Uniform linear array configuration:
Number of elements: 4
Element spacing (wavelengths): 0.5
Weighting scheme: exponential
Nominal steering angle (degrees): -45
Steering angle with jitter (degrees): -44.327
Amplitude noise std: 0.05
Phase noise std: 0.05

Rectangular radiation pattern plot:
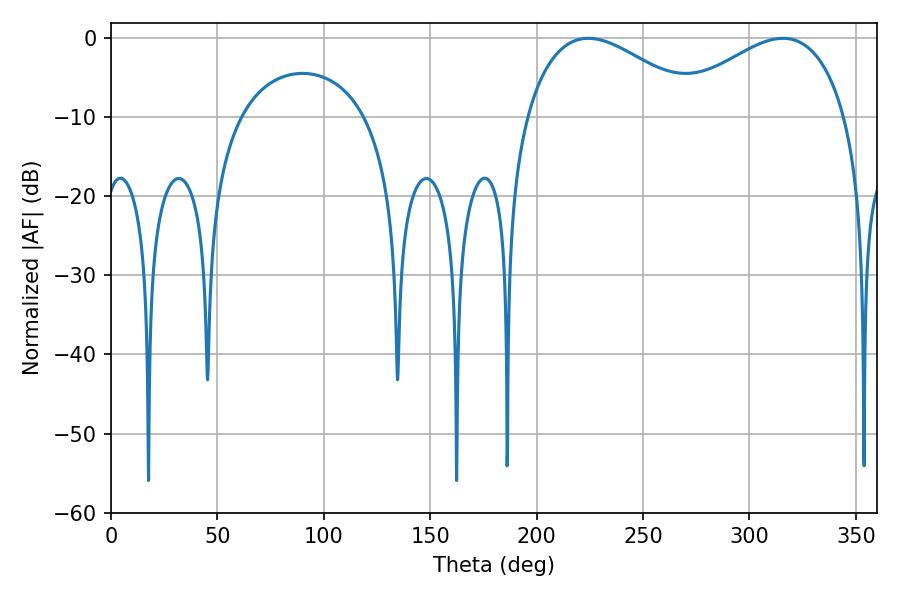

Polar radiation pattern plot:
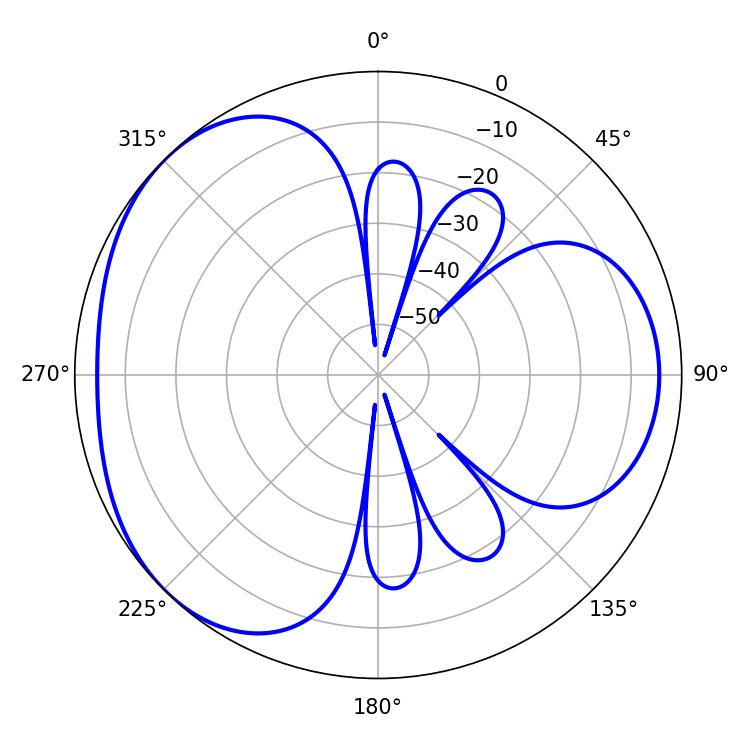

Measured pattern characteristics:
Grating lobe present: FALSE
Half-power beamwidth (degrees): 45.36
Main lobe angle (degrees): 224.28